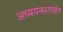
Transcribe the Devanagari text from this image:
अध्ययनशाखेत